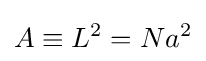
A\equiv L^{2}=Na^{2}